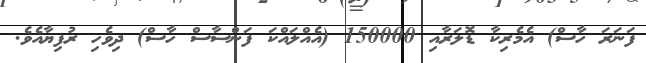
ފަނަރަ ހާސް) އެމެރިކާ ޑޮލަރާއި 150000 (އެއްލައްކަ ފަންސާސް ހާސް) ދިވެހި ރުފިޔާއެވެ.